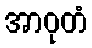
အာဝုတံ